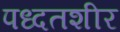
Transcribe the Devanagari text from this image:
पध्दतशीर